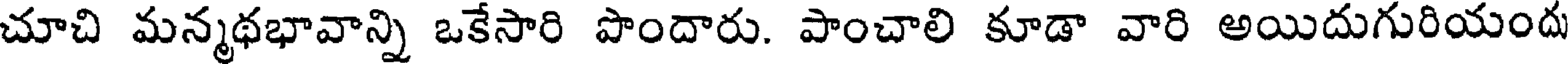
చూచి మన్మథభావాన్ని ఒకేసారి పొందారు. పాంచాలి కూడా వారి అయిదుగురియందు